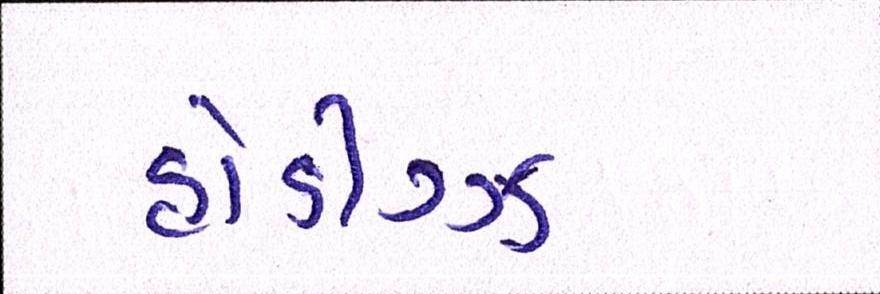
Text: હોડીગ્ઝ